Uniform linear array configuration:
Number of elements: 4
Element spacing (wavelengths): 1
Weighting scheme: exponential
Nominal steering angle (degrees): -15
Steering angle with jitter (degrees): -16.377
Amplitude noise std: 0.05
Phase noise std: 0.05

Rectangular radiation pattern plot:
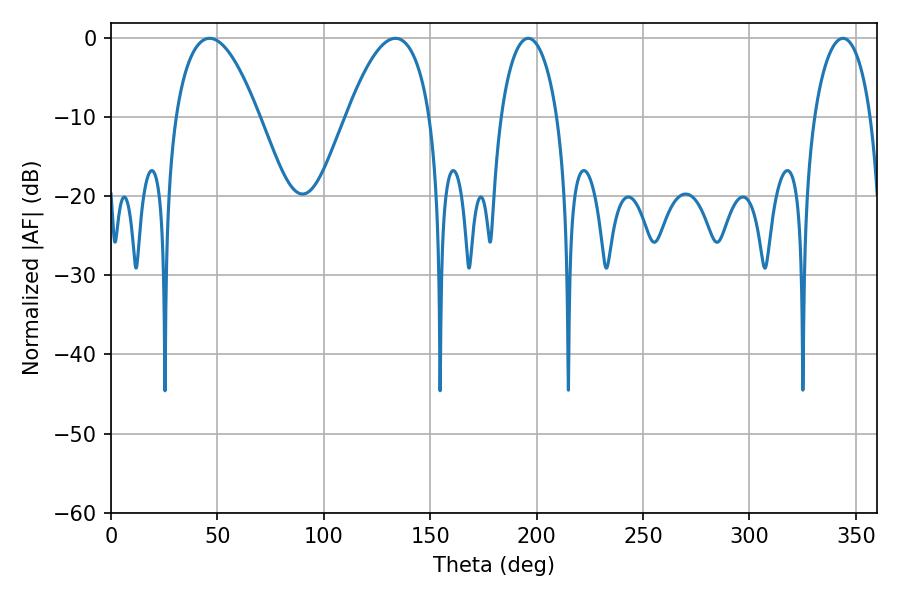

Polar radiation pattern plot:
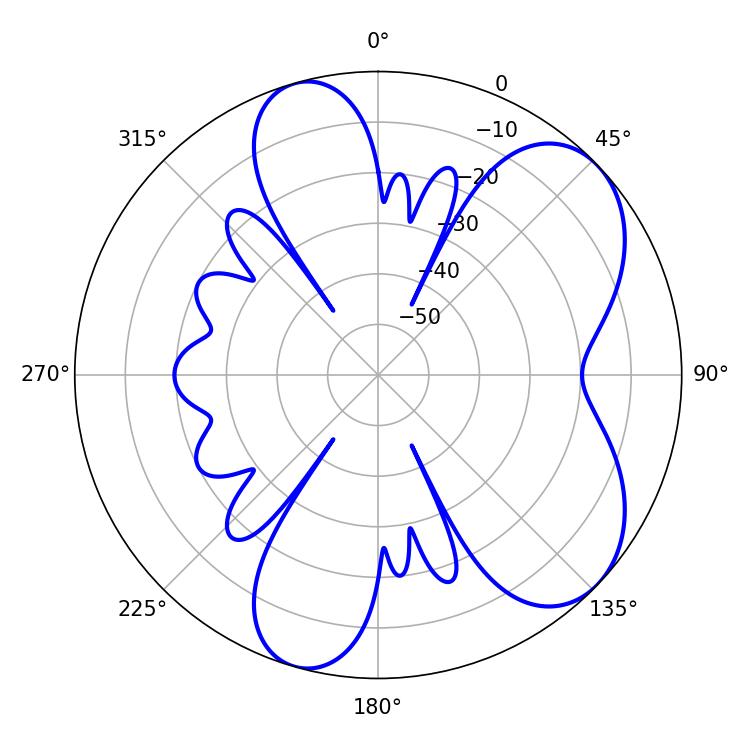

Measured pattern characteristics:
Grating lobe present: TRUE
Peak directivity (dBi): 6.555
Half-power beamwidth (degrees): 15.12
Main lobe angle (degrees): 343.98